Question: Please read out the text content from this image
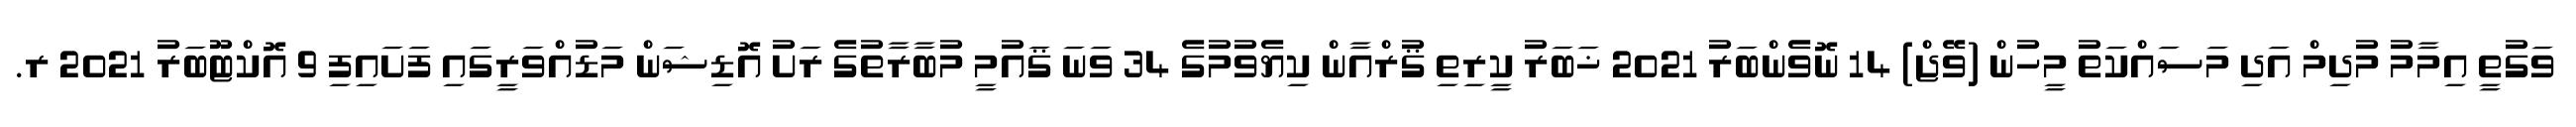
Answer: ވަގުތީ އިމާމު މުދިމް އަދި މަސައްކަތު މީހުން (ވޭޖް) 14 ނޮވެންބަރު 2021 ޚަބަރު ކީރިތި ޤުރްއާން ކިޔެވުމުގެ 34 ވަނަ ޤައުމީ މުބާރާތުގެ ރަށު އޮޑިޝަން މަޑުއްވަރީގައި ފަށައިފި 9 އޮކްޓޫބަރު 2021 ރ.